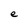
Character: e